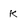
Character: k